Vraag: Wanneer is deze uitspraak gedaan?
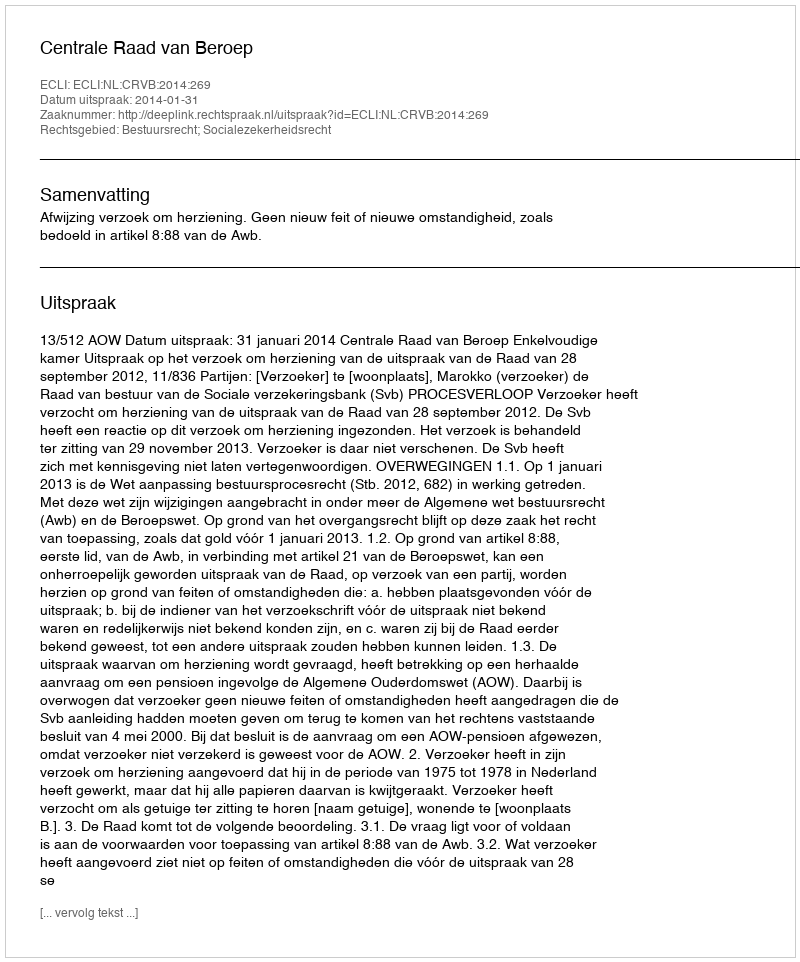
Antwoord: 2014-01-31